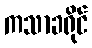
ကသာခရိုင်